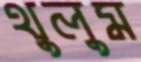
থুলুম